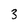
Character: 3